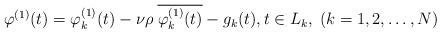
LaTeX: \begin{align*} \varphi^{(1)}(t) = \varphi^{(1)}_{k}(t)-\nu \rho \;\overline{\varphi^{(1)}_{k}(t)}-g_k(t), t \in L_k,\;(k=1,2,\ldots, N)\end{align*}